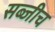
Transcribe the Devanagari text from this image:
सब्जीच